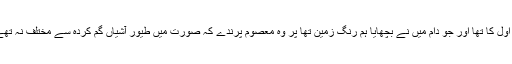
ہر چند کہ جو دانہ میں نے ڈالا، درجہ اوّل کا تھا اور جو دام میں نے بچھایا ہم رنگِ زمین تھا پر وہ معصوم پرندے کہ صورت میں طیورِ آشیاں گم کردہ سے مختلف نہ تھے، سیرت میں بڑے دانا اور بینا نکلے۔